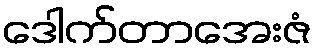
ဒေါက်တာအေးဇံ